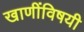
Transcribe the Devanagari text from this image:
खाणींविषयी